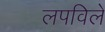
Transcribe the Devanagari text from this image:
लपविले